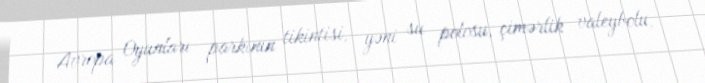
Avropa Oyunları parkının tikintisi, yəni su polosu, çimərlik valeybolu,